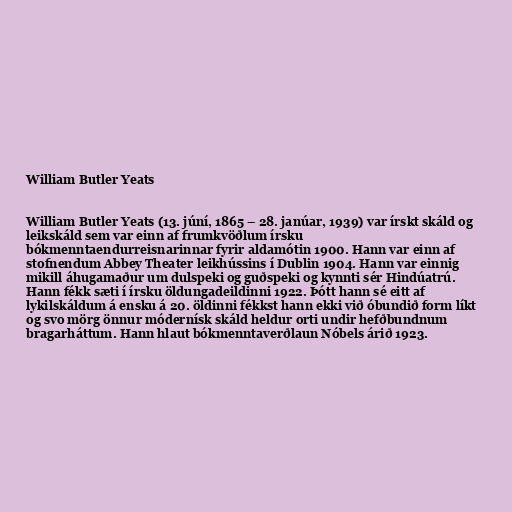
William Butler Yeats

William Butler Yeats (13. júní, 1865 – 28. janúar, 1939) var írskt skáld og
leikskáld sem var einn af frumkvöðlum írsku
bókmenntaendurreisnarinnar fyrir aldamótin 1900. Hann var einn af
stofnendum Abbey Theater leikhússins í Dublin 1904. Hann var einnig
mikill áhugamaður um dulspeki og guðspeki og kynnti sér Hindúatrú.
Hann fékk sæti í írsku öldungadeildinni 1922. Þótt hann sé eitt af
lykilskáldum á ensku á 20. öldinni fékkst hann ekki við óbundið form líkt
og svo mörg önnur módernísk skáld heldur orti undir hefðbundnum
bragarháttum. Hann hlaut bókmenntaverðlaun Nóbels árið 1923.